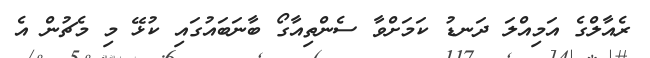
ރެއާލްގެ އަމިއްލަ ދަނޑު ކަމަށްވާ ސެންތިއާގޯ ބާނަބައުގައި ކުޅޭ މި މެޗުން އެ